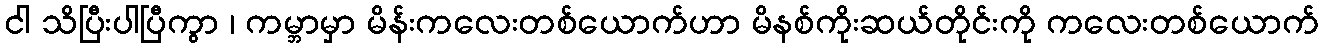
ငါ သိပြီးပါပြီကွာ ၊ ကမ္ဘာမှာ မိန်းကလေးတစ်ယောက်ဟာ မိနစ်ကိုးဆယ်တိုင်းကို ကလေးတစ်ယောက်